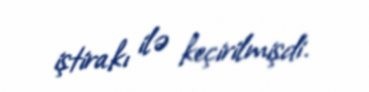
iştirakı ilə keçirilmişdi.